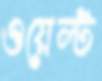
ওয়েল্ট